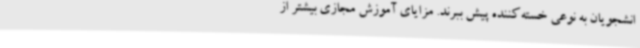
انشجویان به نوعی خسته‌کننده پیش ببرند. مزایای آموزش مجازی بیشتر از